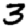
Digit: 3